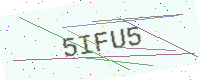
Text: 5IFU5